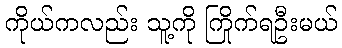
ကိုယ်ကလည်း သူ့ကို ကြိုက်ရဦးမယ်